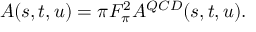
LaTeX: A ( s , t , u ) = \pi F _ { \pi } ^ { 2 } A ^ { Q C D } ( s , t , u ) .